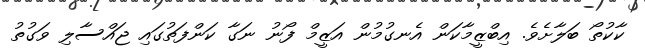
ކާކުތޯ ބަލާށެވެ. އިބްޒީމާކަން އެނގުމުން އަޒީމް ފޯނު ނަގާ ކަންފަތުގައި ޖައްސާލި ވަގުތު